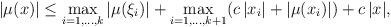
LaTeX: \begin{align*}|\mu(x)| \le \max_{i =1,\dots, k}|\mu(\xi_i)| + \max_{i =1,\dots, k+1} (c\,|x_i| +|\mu(x_i)|) + c\,|x|,\end{align*}